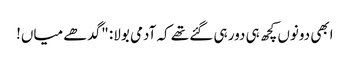
ابھی دونوں کچھ ہی دور ہی گئے تھے کہ آدمی بولا: "گدھے میاں!